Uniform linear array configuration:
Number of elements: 16
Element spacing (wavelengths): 1
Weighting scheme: cosine
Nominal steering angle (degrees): -60
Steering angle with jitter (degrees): -59.236
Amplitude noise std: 0.05
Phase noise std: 0.05

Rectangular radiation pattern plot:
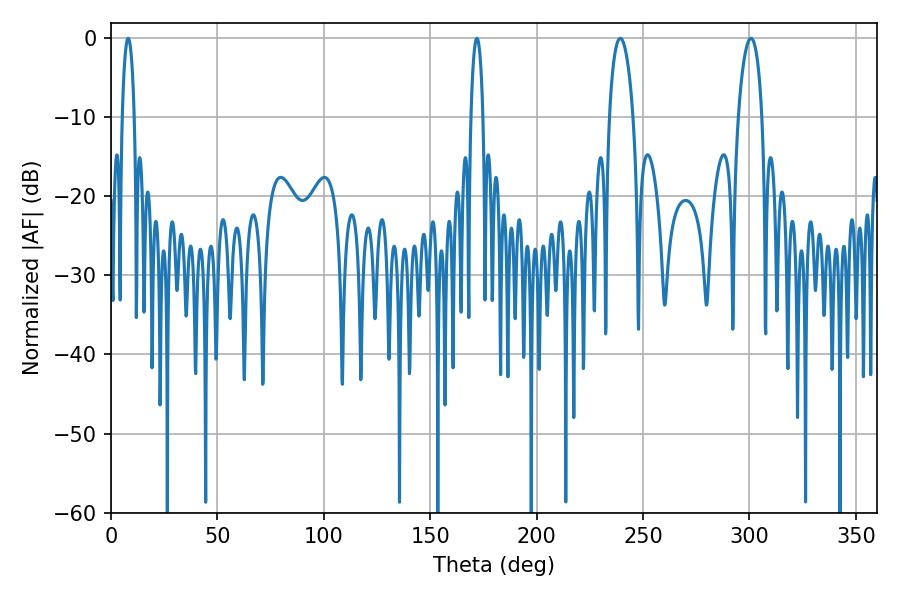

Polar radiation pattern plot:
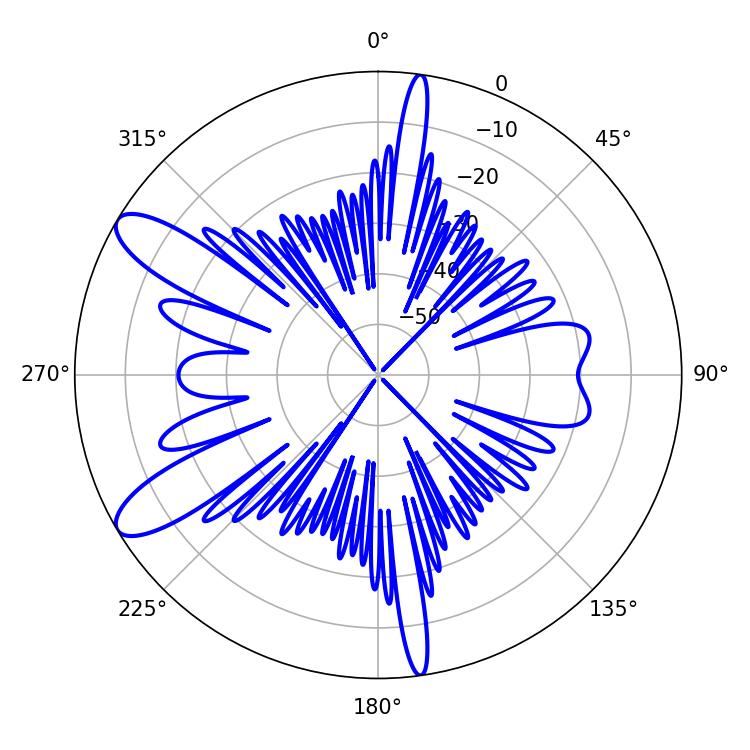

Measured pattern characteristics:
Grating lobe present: TRUE
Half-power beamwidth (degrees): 6.3
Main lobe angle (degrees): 239.22